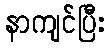
နာကျင်ပြီး